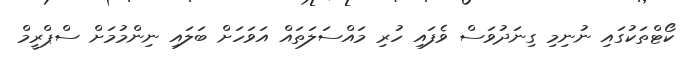
ކޯޓްތަކުގައި ނުނިމި ގިނަދުވަސް ވެފައި ހުރި މައްސަލަތައް އަވަހަށް ބަލައި ނިންމުމަށް ސްޕްރީމް